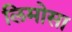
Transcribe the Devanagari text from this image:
लिमोसा